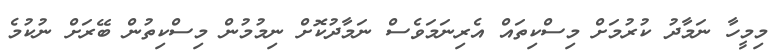
މިމީހާ ނަމާދު ކުރުމަށް މިސްކިތައް އެރިނަމަވެސް ނަމާދުކޮށް ނިމުމުން މިސްކިތުން ބޭރަށް ނުކުމެ